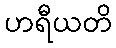
ဟရီယတိ